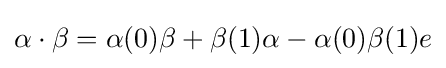
{\alpha }\cdot {\beta }={\alpha }(0){\beta }+{\beta }(1){\alpha }-{\alpha }(0){\beta }(1)e